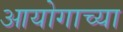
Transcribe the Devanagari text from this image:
आयोगाच्‍या